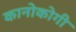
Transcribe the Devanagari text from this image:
कानोकोगी